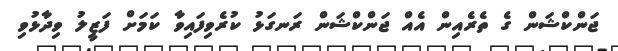
ޖަންކްޝަން ގެ ތެރެއިން އެއް ޖަންކްޝަން ރަނގަޅު ކުރެވިފައިވާ ކަމަށް ފަޒީލު ވިދާޅުވި